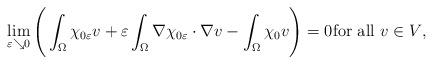
LaTeX: \begin{align*} \lim_{\varepsilon \searrow 0} \Bigg( \int_{\Omega} \chi_{0\varepsilon} v + \varepsilon \int_{\Omega} \nabla \chi_{0\varepsilon} \cdot \nabla v - \int_{\Omega} \chi_0v \Bigg)= 0 \textrm{for all $v \in V$}, \end{align*}